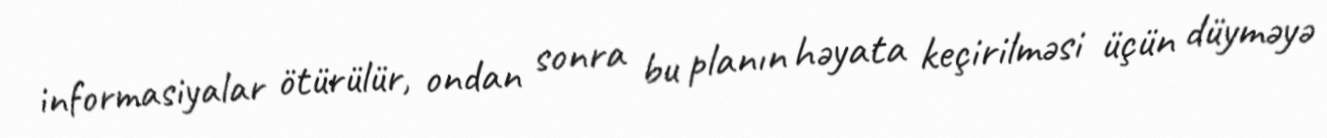
informasiyalar ötürülür, ondan sonra bu planın həyata keçirilməsi üçün düyməyə